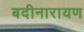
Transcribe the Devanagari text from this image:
बदीनारायण